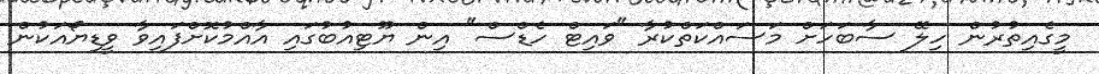
މީގެއިތުރުން ހިލޭ ސާބަހަށް މަސައްކަތްކުރާ "ވައިޓް ހެޑްސް" އިން ޔޫޓިއުބުގައި އާއްމުކޮށްފައިވާ ވީޑިޔޯއަކުން